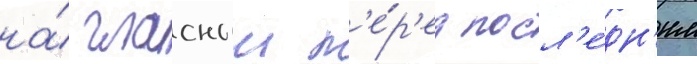
на́ гласныи п'е́р'ед посл'е́дн'им